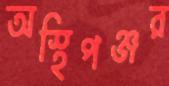
অস্থিপঞ্জর